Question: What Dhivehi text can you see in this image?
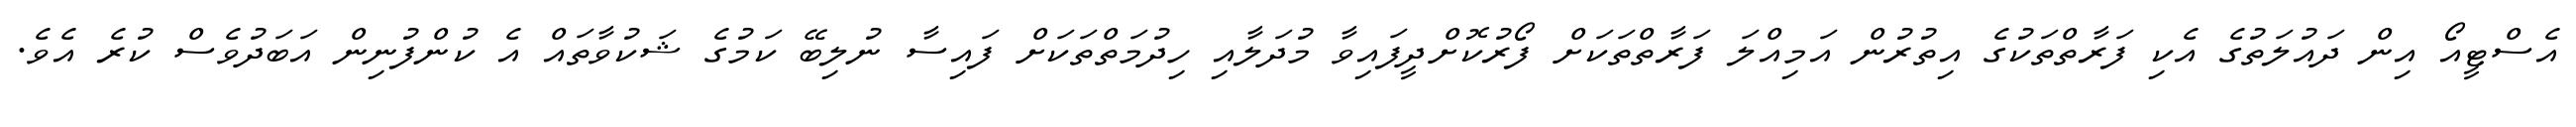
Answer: އެސްޓީއޯ އިން ދައުލަތުގެ އެކި ފަރާތްތަކުގެ އިތުރުން އަމިއްލަ ފަރާތްތަކަށް ފޯރުކޮށްދީފައިވާ މުދަލާއި ހިދުމަތްތަކަށް ފައިސާ ނުލިބޭ ކަމުގެ ޝަކުވާތައް އެ ކުންފުނިން އަބަދުވެސް ކުރެ އެވެ.